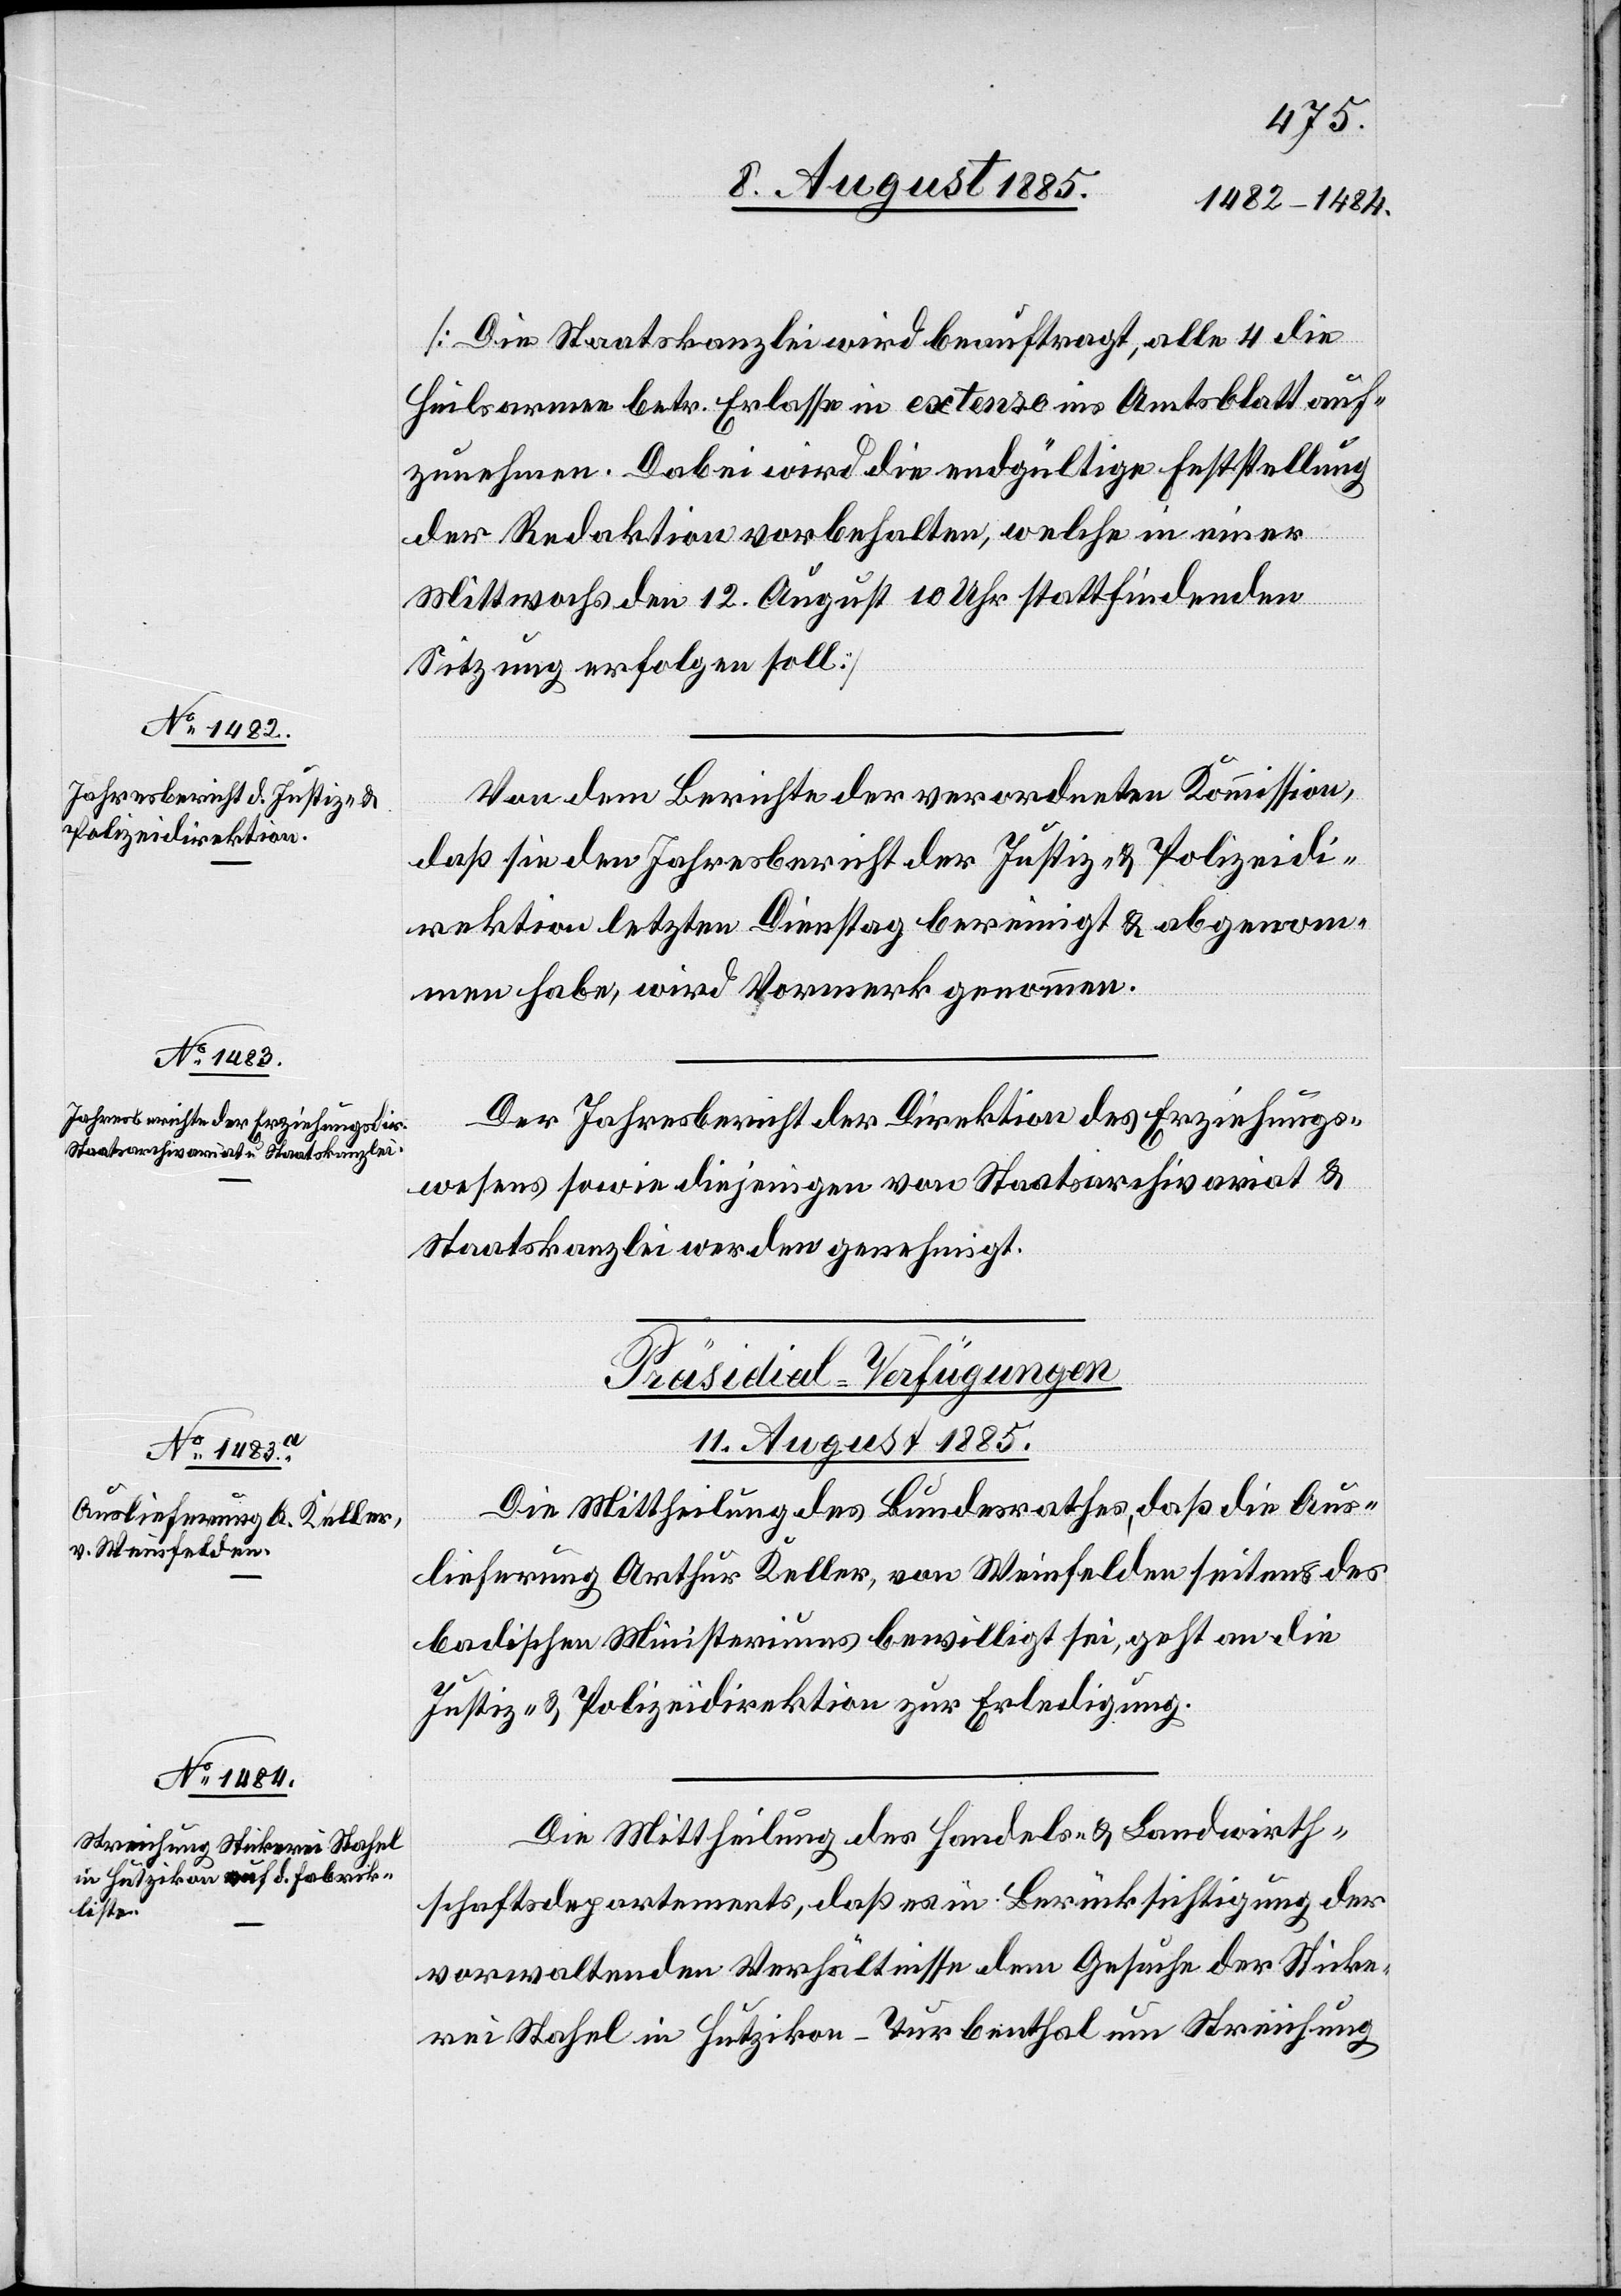
[Die Staatskanzlei wird beauftragt, alle 4 die
Heilsarmee betr. Erlasse in extenso ins Amtsblatt auf¬
zunehmen. Dabei wird die endgültige Feststellung
der Redaktion vorbehalten, welche in einer
Mittwoches den 12. August 10 Uhr stattfindenden
Sitzung erfolgen soll.]
Von dem Berichte der verordneten Kommission,
daß sie den Jahresbericht der Justiz- & Polizeidi¬
rektion letzten Dienstag bereinigt & abgenom¬
men habe, wird Vormerk genommen.
Der Jahresbericht der Direktion des Erziehungs¬
wesens sowie diejenigen von Staatsarchivariat &
Staatskanzlei werden genehmigt.
[Präsidial-Verfügungen
11. August 1885.]
Die Mittheilung des Bundesrathes, daß die Aus¬
lieferung Arthur Keller, von Weinfelden seitens des
badischen Ministeriums bewilligt sei, geht an die
Justiz- & Polizeidirektion zur Erledigung.
Die Mittheilung des Handels- & Landwirth¬
schaftsdepartements, daß es in Berücksichtigung der
vorwaltenden Verhältnisse dem Gesuche der Sticke¬
rei Stahel in Hutzikon - Turbenthal um Streichung